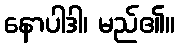
နောပါဒါ၊ မည်၏။